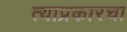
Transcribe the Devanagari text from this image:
त्याप्रकारचा